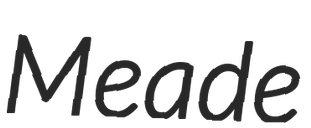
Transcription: Meade